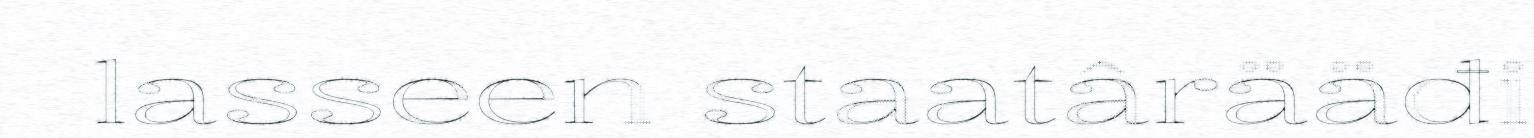
lasseen staatârääđi